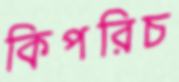
কিপরিচ